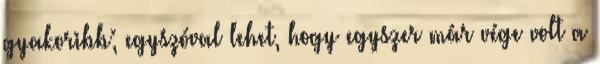
gyakoribb; egyszóval lehet, hogy egyszer már vége volt a